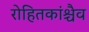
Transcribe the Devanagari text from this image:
रोहितकांश्चैव